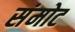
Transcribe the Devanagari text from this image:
संमोट